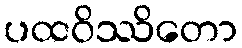
ပထဝိဿိတော